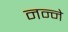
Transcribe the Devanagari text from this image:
नन्ने